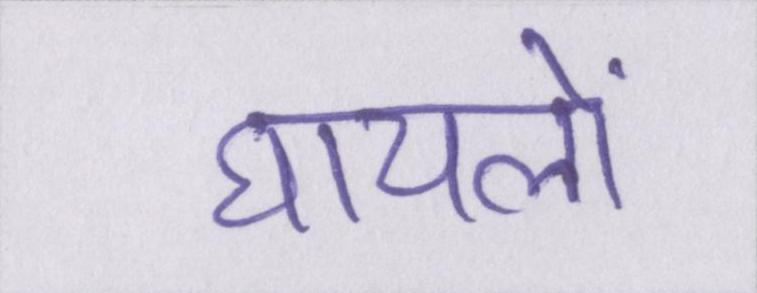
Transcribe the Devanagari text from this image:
घायलों